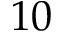
1 0